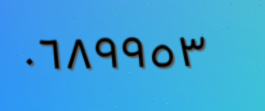
٠٦٨٩٩٥٣